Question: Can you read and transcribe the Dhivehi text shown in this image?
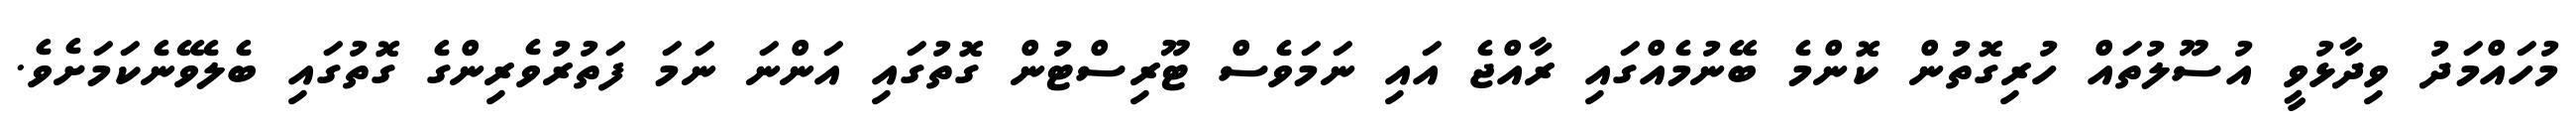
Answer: މުހައްމަދު ވިދާޅުވީ އުސޫލުތައް ހުރިގޮތުން ކޮންމެ ބޭނުމެއްގައި ރާއްޖެ އައި ނަމަވެސް ޓޫރިސްޓުން ގޮތުގައި އަންނަ ނަމަ ފަތުރުވެރިންގެ ގޮތުގައި ބެލެވޭނެކަމަށެވެ.